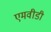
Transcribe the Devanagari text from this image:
एमवीडी